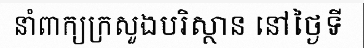
នាំពាក្យក្រសួងបរិស្ថាន នៅថ្ងៃទី